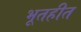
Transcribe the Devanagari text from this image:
भूतहीत